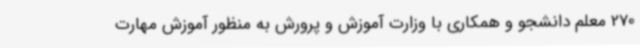
270 معلم دانشجو و همکاری با وزارت آموزش و پرورش به منظور آموزش مهارت